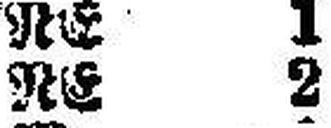
RE 2